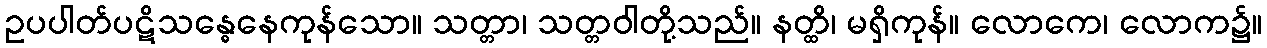
ဥပပါတ်ပဋိသန္ဓေနေကုန်သော။ သတ္တာ၊ သတ္တဝါတို့သည်။ နတ္ထိ၊ မရှိကုန်။ လောကေ၊ လောက၌။